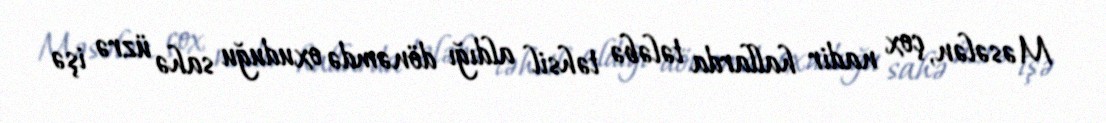
Məsələn, çox nadir hallarda tələbə təhsil aldığı dönəmdə oxuduğu sahə üzrə işə